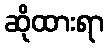
ဆိုထားရာ